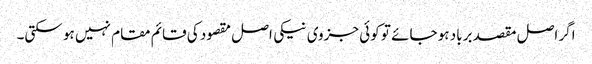
اگر اصل مقصد برباد ہو جائے تو کوئی جزوی نیکی اصل مقصود کی قائم مقام نہیں ہو سکتی۔